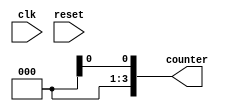
module up_counter(input clk, reset, output[3:0] counter);
    reg [3:0] count;                           // Initialise register counter_up to find up counter states
    always @(posedge clk or posedge reset)          // Postive edge triggered circuit
    begin
        if(reset)
            begin
                count = 4'd0;                  // If reset==1, set counter to 0000
            end
        else
            begin
                count = count + 4'd1;           // Else, add 0001 to counter
            end       
    end 
    assign counter = countp;                    // Return new value of counter
endmodule